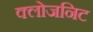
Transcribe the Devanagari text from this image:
क्लोजनिट